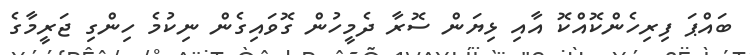
ބައްޕަ ފިރިހެންކޮއްކޮ އާއި ޅިޔަން ސޮރާ ދެމީހުން ގޮވައިގެން ނިކުމެ ހިންގި ޖަރީމާގެ